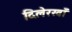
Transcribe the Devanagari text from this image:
दिलेरखाँ